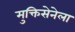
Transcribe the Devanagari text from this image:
मुक्तिसेनेला